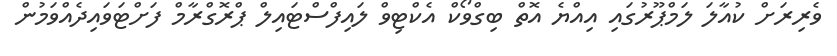
ވެރިރަށް ކުއާލަ ލަމްޕޫރުގައި އިއްޔެ އޮތް ބިގްވޯކް އެކްޓިވް ލައިފްސްޓައިލް ޕްރޮގްރާމް ފަށްޓަވައިދެއްވަމުން